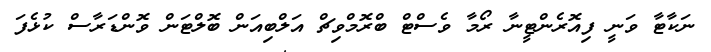
ނަކާޓާ ވަނީ ފިއޮރެންޓީނާ ރޯމާ ވެސްޓް ބްރޮމްވިޗް އަލްބިއަން ބޮލްޓަން ވޮންޑަރާސް ކުޅެފަ